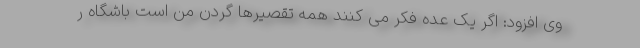
وی افزود: اگر یک عده فکر می کنند همه تقصیرها گردن من است باشگاه ر